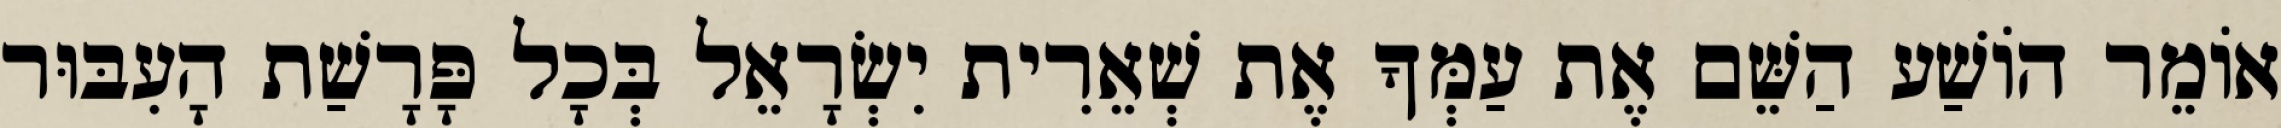
אוֹמֵר הוֹשַׁע הַשֵּׁם אֶת עַמְּךָ אֶת שְׁאֵרִית יִשְׂרָאֵל בְּכָל פָּרָשַׁת הָעִבּוּר